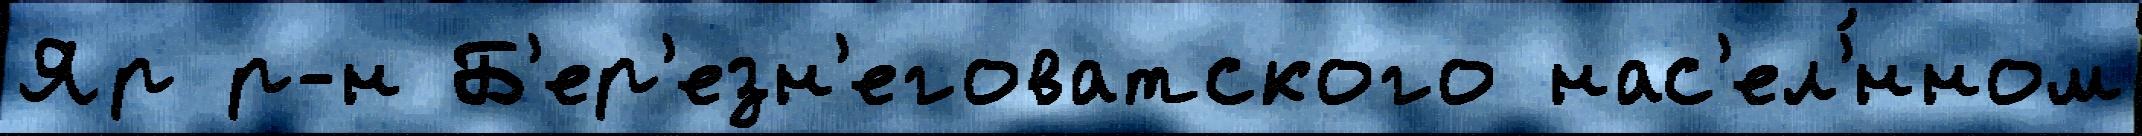
Яр р-н Б'ер'езн'еговатского нас'ел'́нном